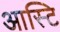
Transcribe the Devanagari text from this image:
आस्टि